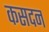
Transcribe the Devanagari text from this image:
कसदन